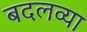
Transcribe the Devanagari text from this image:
बदलव्या